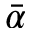
\bar { \alpha }